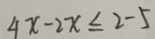
4 x - 2 x \leq 2 - 5